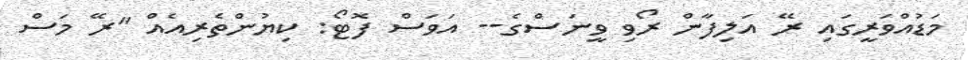
މަޑުއްވަރީގައި ރޭ އަލިފާން ރޯވި ވީނަސްގެ-- އަވަސް ފޮޓޯ: ކިޔުންތެރިއެއް "ރޭ މަސް